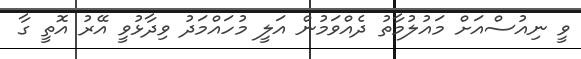
ވީ ނިއުސްއަށް މައުލުމާތު ދެއްވަމުން އަލީ މުހައްމަދު ވިދާޅުވީ އޭރު އޮތީ ގާ